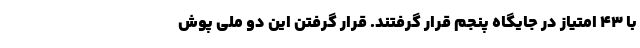
با 43 امتیاز در جایگاه پنجم قرار گرفتند. قرار گرفتن این دو ملی پوش